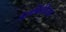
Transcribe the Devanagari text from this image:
डेलफिनियम